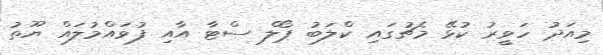
މިއަދު ހަވީރު ކުޅޭ މެޗުގައި ކްލަބު ޕޯލް ސްޓާ އާއި ފުވައްމުލައް ޔޫތު